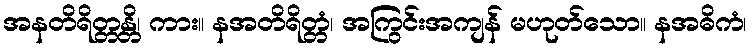
အနတိရိတ္တန္တိ၊ ကား။ နအတိရိတ္တံ၊ အကြွင်းအကျန် မဟုတ်သော။ နအဓိကံ၊